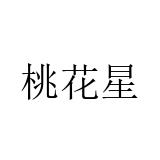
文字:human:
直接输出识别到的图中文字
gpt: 桃花星